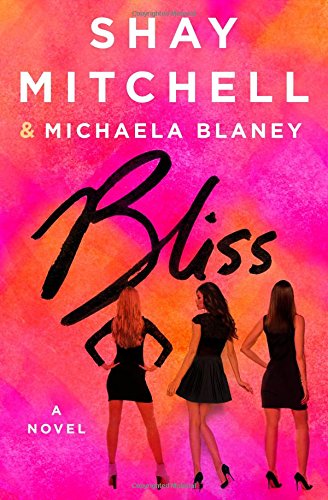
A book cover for Bliss: A Novel; Shay Mitchell; Literature & Fiction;